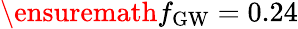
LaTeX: \ensuremath{f_{\mathrm{GW}}}=0.24